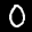
Label: 0